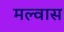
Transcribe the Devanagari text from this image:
मल्वास